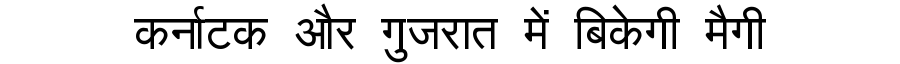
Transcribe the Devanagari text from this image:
कर्नाटक और गुजरात में बिकेगी मैगी